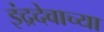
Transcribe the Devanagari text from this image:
इंद्रदेवाच्या